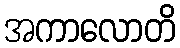
အကာလောတိ